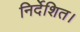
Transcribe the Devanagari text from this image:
निर्देशित।